Annual report of the Civil Veterinary Department, Bengal, for the year 1897-98 - 1897-1898
Year: 1897
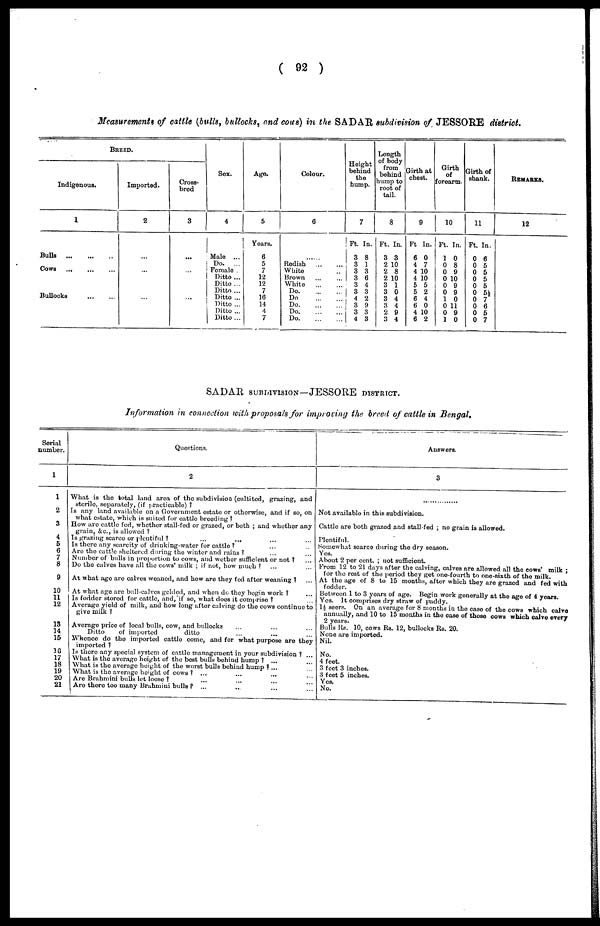
(92)
Measurements of cattle (bulls, bullocks, and cous) in the SADAR subdivision of JESSORE district.
BREED.
Indigenous.
1
Bulla
...
...
...
Cows
...
...
...
Bullocks
...
...
...
Imported.
2
...
...
...
Cross-
bred
3
...
...
...
Sex.
4
Male ...
Do.
...
Female
Ditto ...
Ditto ...
Ditto ...
Ditto ...
Ditto ...
Ditto ...
Ditto ...
Age.
5
Years.
6
5
7
12
12
7
16
14
4
7
Colour.
6
......
Redish
...
...
White ...
Brown ... ...
White
...
...
Do.
...
...
Do. ... ...
Do.
...
...
Do.
...
...
Do.
...
...
Height
behind
the
hump.
7
Ft.
3
3
3
3
3
3
4
3
3
4
In.
8
1
3
6
4
3
2
9
3
3
Length
of body
from
behind
hump to
root of
tail.
3
Ft.
3
2
2
2
3
3
3
3
2
3
In.
3
10
8
10
1
0
4
4
9
4
Girth at
chest.
9
Ft
6
4
4
4
5
5
6
6
4
6
In.
0
7
10
10
5
2
4
0
10
2
Girth
of
forearm.
10
Ft.
1
0
0
0
0
0
1
0
0
1
In.
0
8
9
10
9
9
0
11
9
0
Girth of
shank.
11
Ft.
0
0
0
0
0
0
0
0
0
0
In.
6
5
5
5
5
5½
7
6
5
7
REMARKS.
12
SADAR subdivision—JESSORE district.
Information in connection with proposals for improving the breed of cattle in Bengal.
Serial
number.
1
1
2
3
4
5
6
7
8
9
10
11
12
13
14
15
16
17
18
19
20
21
Questions.
2
What is the total land area of the subdivision (cultited, grazing, and
sterile, separately, (if practicable)?
Is any land available on a Government estate or otherwise, and if so, on
what estate, which is suited for cattle breeding?
How are cattle fed, whether stall-fed or grazed, or both; and whether any
grain, &c., is allowed?
Is grazing scarce or plentiful?
...
... ... ...
Is there any scarcity of drinking-water for cattle? ... ...
Are the cattle sheltered during the winter and rains? ... ...
Number of bulls in proportion to cows, and wether sufficient or not? ... ...
Do the calves have all the cows' milk; if not, how much? ... ...
At what age are calves weaned, and how are they fed after weaning? ... ...
At what age are bull-calves gelded, and when do they begin work? ...
Is fodder stored for cattle, and, if so, what does it comprise? ...
Average yield of milk, and how long after calving do the cows continue to
give milk?
Average price of local bulls, cow, and bullocks ... ... ...
Ditto
of imported
ditto ... ... ...
Whence do the imported cattle come, and for what purpose are they
imported?
Is there any special system of cattle management in your subdivision? ...
What is the average height of the best bulls behind hump? ... ...
What is the average height of the worst bulls behind hump? ... ...
What is the average height of cows? ... ... ... ...
Are Brahmini bulls let loose? ... ... ... ...
Are there too many Brahmini bulls? ... ... ... ...
Answers.
3
Not available in this subdivision.
Cattle are both grazed and stall-fed; no grain is allowed.
Plentiful.
Somewhat scarce during the dry season.
Yes.
About 2 per cent.; not sufficient.
From 12 to 21 days after the calving, calves are allowed all the cows' milk;
for the rest of the period they get one-fourth to one-sixth of the milk.
At the age of 8 to 15 months, after which they are grazed and fed with
fodder.
Between 1 to 3 years of age. Begin work generally at the age of 4 years.
Yes. It comprises dry straw of paddy.
1½ seers. On an average for 8 months in the case of the cows which calve
annually, and 10 to 15 months in the case of those cows which calve every
2 years.
Bulls Rs. 10, cows Rs. 12, bullocks Rs. 20.
None are imported.
Nil.
No.
4 feet.
3 feet 3 inches.
3 feet 5 inches.
Yes.
No.